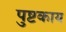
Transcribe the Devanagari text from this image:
पुष्टकाय